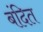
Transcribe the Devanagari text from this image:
बंदित